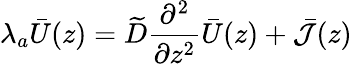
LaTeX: \lambda_{a}\bar{U}(z)=\widetilde D\frac{\partial^{2}}{\partial z^{2}}\bar{U}(z)+\bar{\cal J}(z)